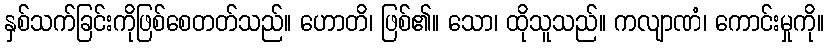
နှစ်သက်ခြင်းကိုဖြစ်စေတတ်သည်။ ဟောတိ၊ ဖြစ်၏။ သော၊ ထိုသူသည်။ ကလျာဏံ၊ ကောင်းမှုကို။